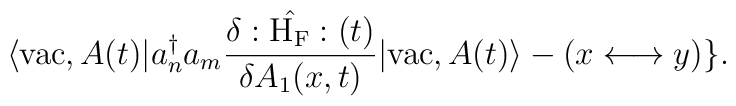
\langle {\rm vac},A(t)| a_n^{\dagger} a_m\frac{\delta :\hat{{\rm H}_{\rm F}}:(t)} {\delta A_1(x,t)}|{\rm vac},A(t) \rangle - (x \longleftrightarrow y) \}.